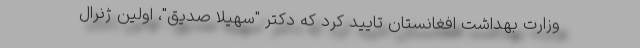
وزارت بهداشت افغانستان تایید کرد که دکتر "سهیلا صدیق"، اولین ژنرال